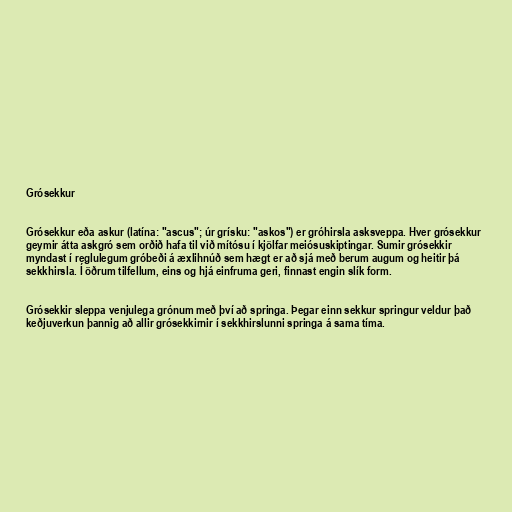
Grósekkur

Grósekkur eða askur (latína: "ascus"; úr grísku: "askos") er gróhirsla asksveppa. Hver grósekkur
geymir átta askgró sem orðið hafa til við mítósu í kjölfar meiósuskiptingar. Sumir grósekkir
myndast í reglulegum gróbeði á æxlihnúð sem hægt er að sjá með berum augum og heitir þá
sekkhirsla. Í öðrum tilfellum, eins og hjá einfruma geri, finnast engin slík form.

Grósekkir sleppa venjulega grónum með því að springa. Þegar einn sekkur springur veldur það
keðjuverkun þannig að allir grósekkirnir í sekkhirslunni springa á sama tíma.